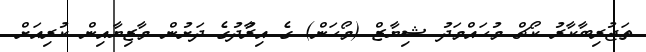
ތަޖުރިބާކާރު ކޯޗް މުހައްމަދު ޝިޔާޒް (މޯހަން) ގެ އިރުާދުގެ ދަށުން މާޒިޔާއިން ކުރިއަށް